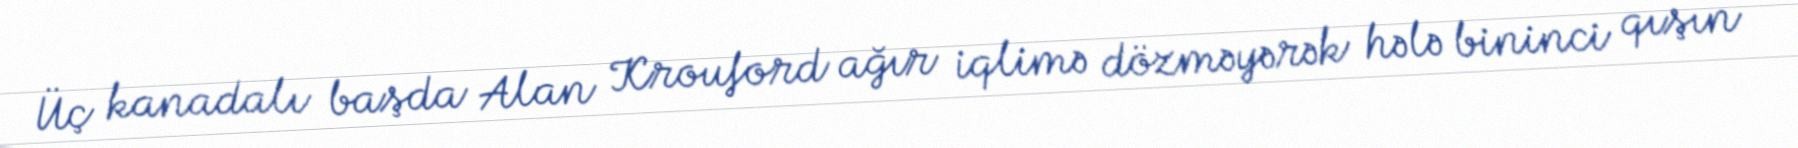
Üç kanadalı başda Alan Krouford ağır iqlimə dözməyərək hələ bininci qışın